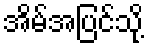
အိမ်အပြင်သို့